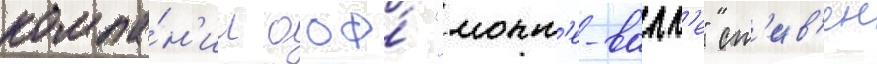
компа́н'ии ооо́ "монт'е-валл'е" ст'ив'ен